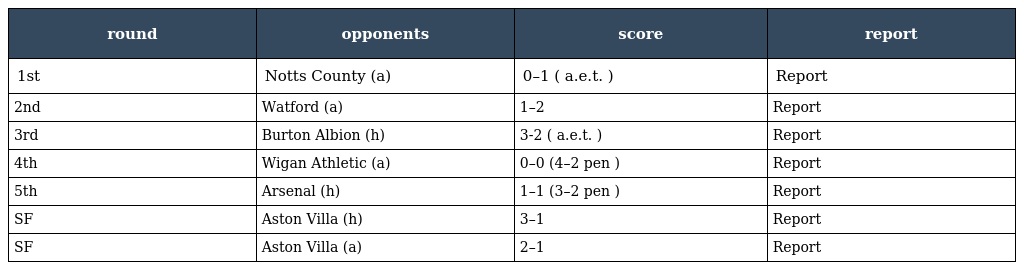
| round | opponents | score | report |
 | --- | --- | --- | --- |
 | 1st | Notts County (a) | 0–1 ( a.e.t. ) | Report |
 | 2nd | Watford (a) | 1–2 | Report |
 | 3rd | Burton Albion (h) | 3-2 ( a.e.t. ) | Report |
 | 4th | Wigan Athletic (a) | 0–0 (4–2 pen ) | Report |
 | 5th | Arsenal (h) | 1–1 (3–2 pen ) | Report |
 | SF | Aston Villa (h) | 3–1 | Report |
 | SF | Aston Villa (a) | 2–1 | Report |